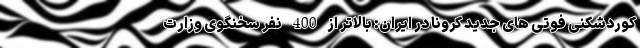
کوردشکنی فوتی های جدید کرونا در ایران: بالاتر از 400 نفر سخنگوی وزارت